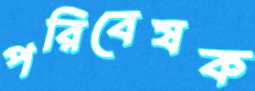
পরিবেষক